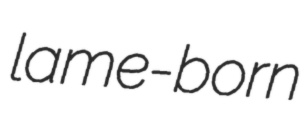
lame-born